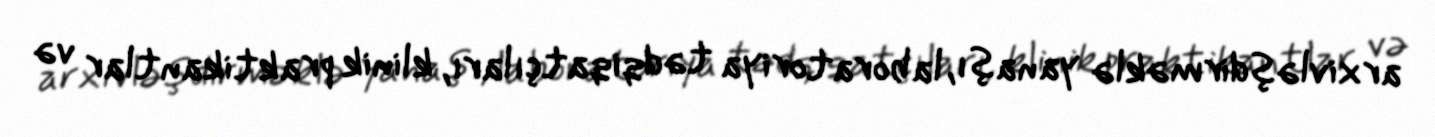
arxivləşdirməklə yanaşı, laboratoriya tədqiqatçıları, klinik praktikantlar və